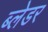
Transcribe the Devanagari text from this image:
ब्लेडर